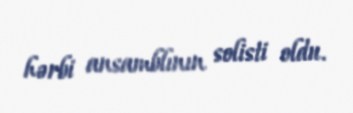
hərbi ansamblının solisti oldu.